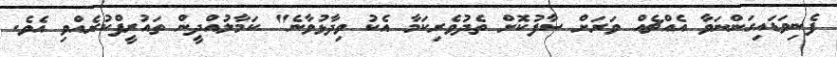
ފެނިވަޑައިގަންނަވާ އެއްޗެއް ވަރަށް ސާފުކޮށް ތެދުވެރިކަމާ އެކު ވިދާޅުވާނެ" ކަމާލުއްދީން ތައުރީފްކުރެއްވި އެވެ.